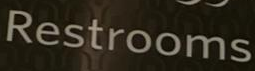
Restrooms